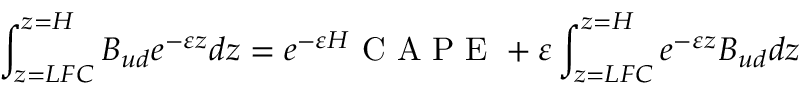
\int _ { z = L F C } ^ { z = H } B _ { u d } e ^ { - \varepsilon z } d z = e ^ { - \varepsilon H } \mathrm { ~ C ~ A ~ P ~ E ~ } + \varepsilon \int _ { z = L F C } ^ { z = H } e ^ { - \varepsilon z } B _ { u d } d z